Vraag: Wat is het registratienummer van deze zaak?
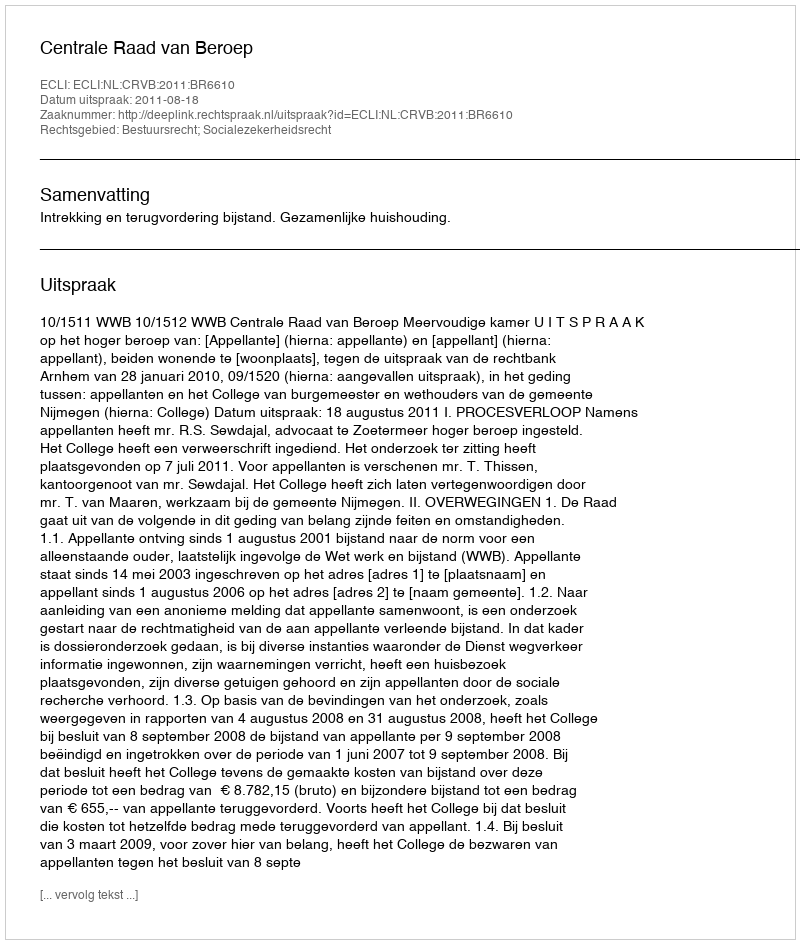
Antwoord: http://deeplink.rechtspraak.nl/uitspraak?id=ECLI:NL:CRVB:2011:BR6610